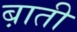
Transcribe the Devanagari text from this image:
ब़ाती